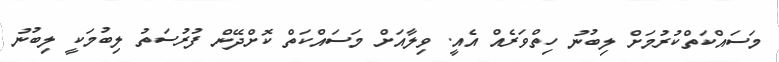
މަސައްކަތްކުރުމަށް ލިބުނު ހިތްވަރެއް އެއީ. ވިލާއަށް މަސައްކަތް ކޮށްދޭން ފުރުސަތު ލިބުމަކީ ލިބުނު